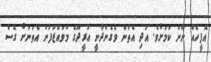
އޮފީހެއް ނޫން ކަމަށެވެ. އަދި އެތަން ވެގެންދާނީ އުރީދޫގެ މުވައްޒަފުން އެތަނަށް ގޮސް